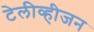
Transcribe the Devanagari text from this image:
टेलीव्हीजन